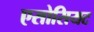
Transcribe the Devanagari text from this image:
एसोसियट